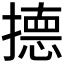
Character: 𭢙